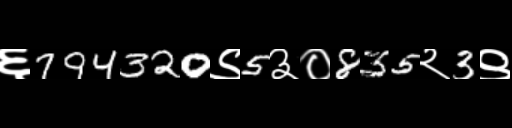
Text: ६794320९5३०835२3९